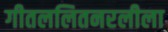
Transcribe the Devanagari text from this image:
गीतललितनरलीला